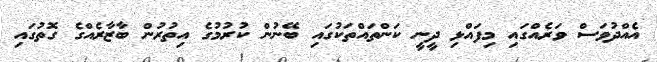
އެއްދުވަސް ވަރެއްގައި މިފައްޅި ދީނީ ކަންތައްތަކުގައި ބޭނުން ކުރުމުގެ އިތުރުން ބާޒާރެއްގެ ގޮތުގައި